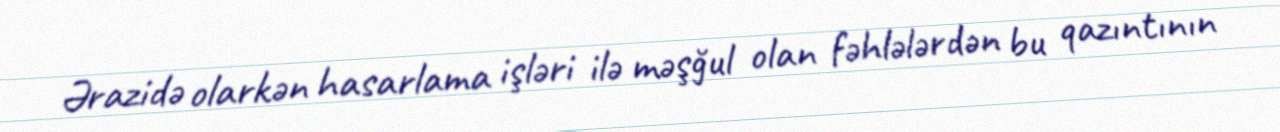
Ərazidə olarkən hasarlama işləri ilə məşğul olan fəhlələrdən bu qazıntının